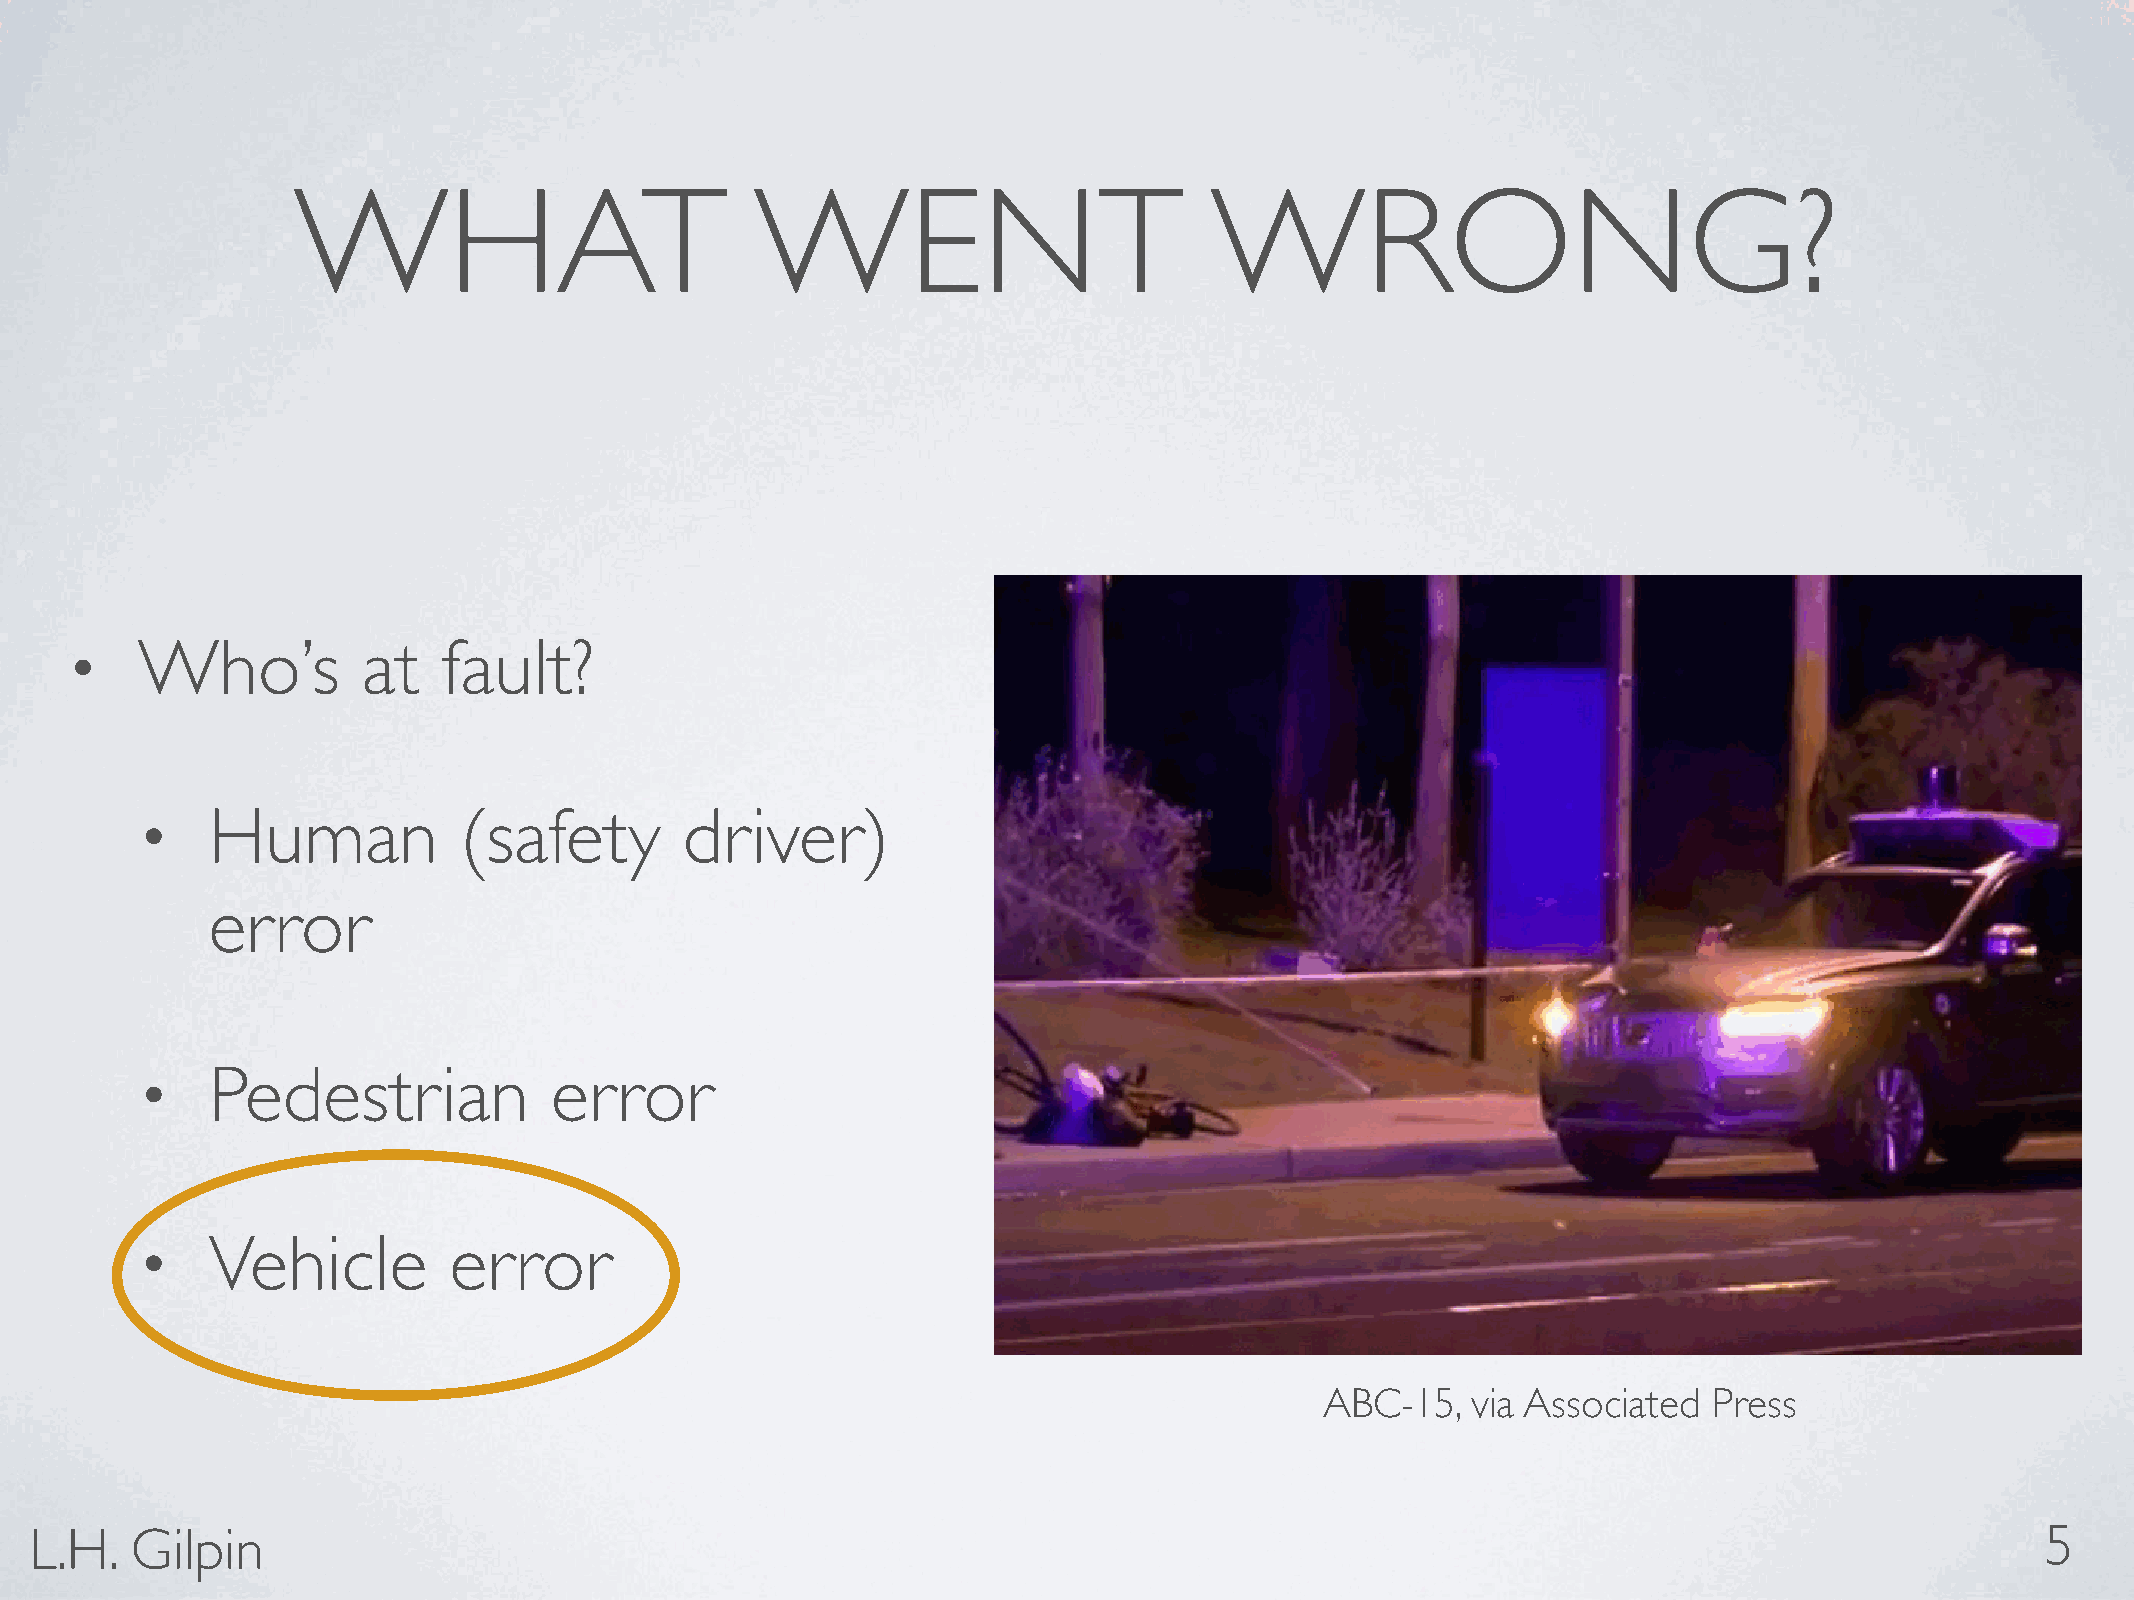
WHAT                           WENT                          WRONG?
 Who’s          at   fault?
 •
 Human           (safety        driver)
 •
 error
 Pedestrian            error
 •
 Vehicle         error
 •
 ABC-15,  via Associated  Press
 L.H.   Gilpin                                                                                                                        5